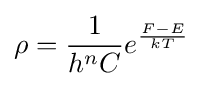
\rho ={\frac {1}{h^{n}C}}e^{\frac {F-E}{kT}}